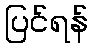
ပြင်ရန်